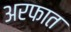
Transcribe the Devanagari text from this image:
अरफात